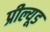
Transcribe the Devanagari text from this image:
प्रील्यूड